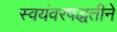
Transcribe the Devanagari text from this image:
स्वयंवरपद्धतीने